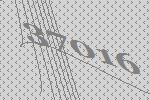
37016